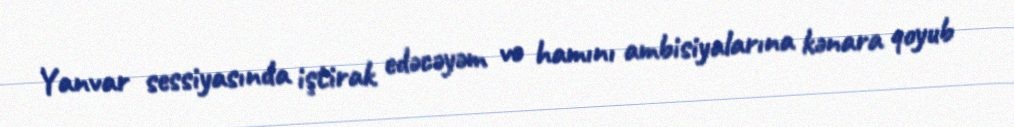
Yanvar sessiyasında iştirak edəcəyəm və hamını ambisiyalarına kənara qoyub